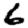
Digit: 6